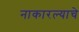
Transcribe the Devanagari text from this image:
नाकारल्याचे